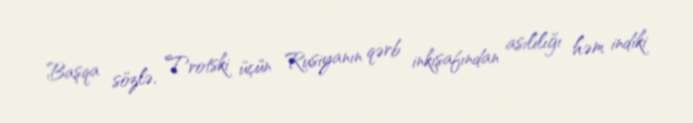
Başqa sözlə, Trotski üçün Rusiyanın qərb inkişafından asılılığı həm indiki